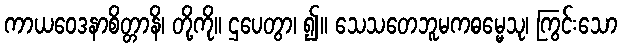
ကာယဝေဒနာစိတ္တာနိ၊ တို့ကို။ ဌပေတွာ၊ ၍။ သေသတေဘူမကဓမ္မေသု၊ ကြွင်းသော